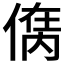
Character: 𠋮